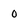
Character: 0